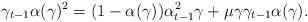
LaTeX: \begin{align*} \gamma_{t-1}\alpha(\gamma)^2=(1-\alpha(\gamma))\alpha_{t-1}^2\gamma+\mu\gamma\gamma_{t-1}\alpha(\gamma).\end{align*}